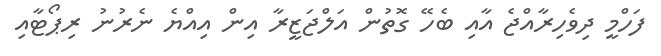
ފަހްމީ ދިވެހިރާއްޖެ އާއި ބެހޭ ގޮތުން އަލްޖަޒީރާ އިން އިއްޔެ ނެރުނު ރިޕޯޓާއި